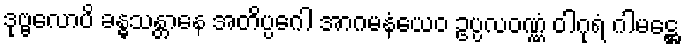
ဒုဗ္ဗလောပိ ခန္ဓသန္တာနေ အတိပ္ပဂေါ အာဂမနံယေဝ ဥပ္ပလဝဏ္ဏံ ဝါဂုရံ ဂါမဋ္ဌေ